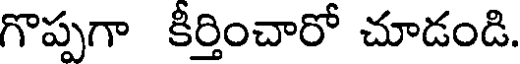
గొప్పగా కీర్తించారో చూడండి.